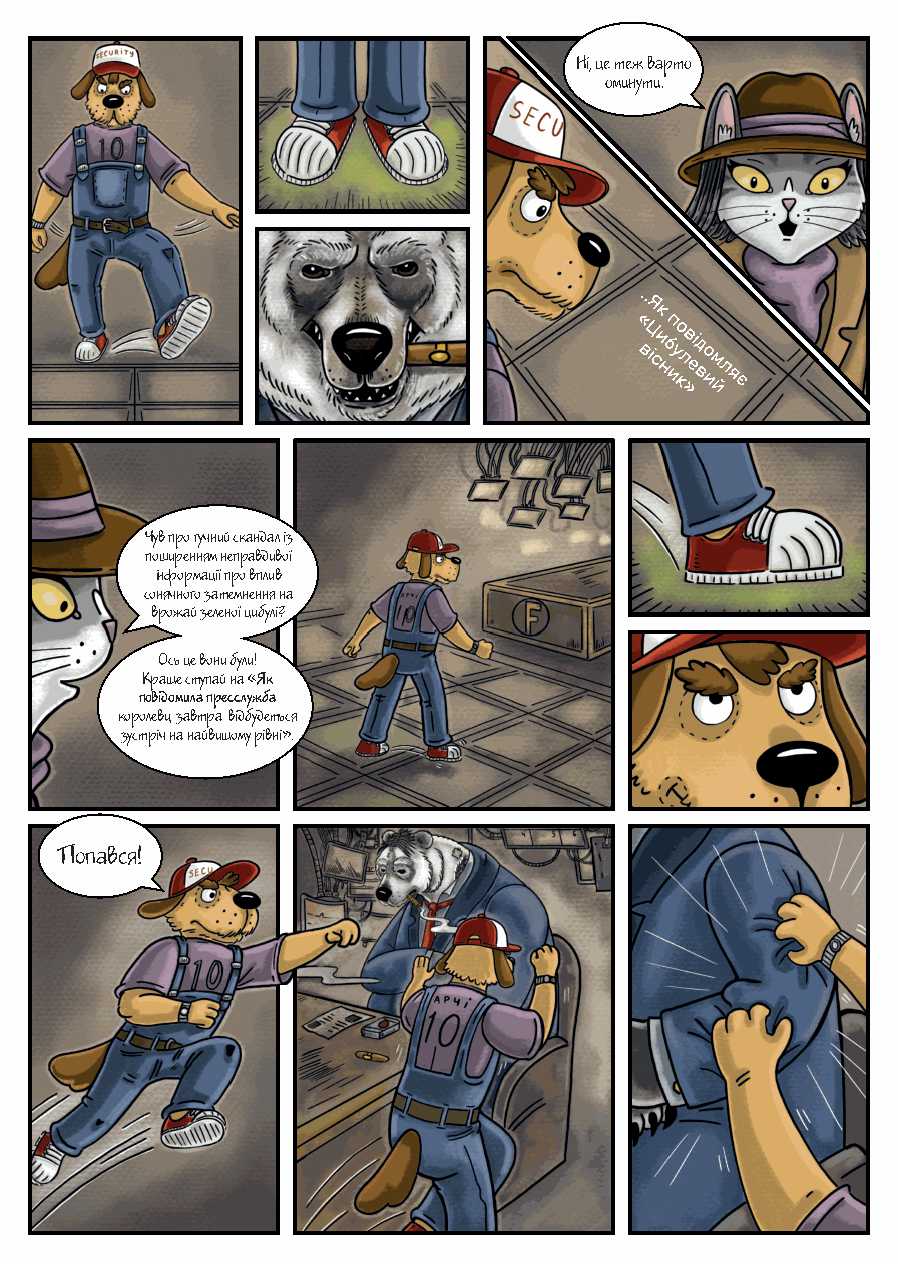
Ні, це теж варто
 оминути.
 Чув про гучний скандал із
 поширенням неправдивої
 інформації про вплив
 сонячного затемнення на
 врожай зеленої цибулі?
 Ось це вони були!
 Краще ступай на «Як
 повідомила пресслужба
 королеви, завтра відбудеться
 зустріч на найвищому рівні».
 Попався!